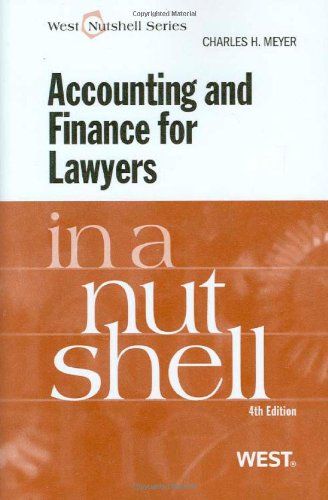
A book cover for Accounting and Finance for Lawyers in a Nutshell, 4th Edition (In a Nutshell (West Publishing)); Charles H. Meyer; Law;